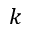
k